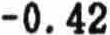
-0.42